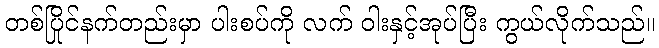
တစ်ပြိုင်နက်တည်းမှာ ပါးစပ်ကို လက် ဝါးနှင့်အုပ်ပြီး ကွယ်လိုက်သည်။